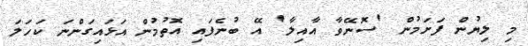
މި ލިޔުން ފަށަމުން 'ސޮނޭވާ އާއިލާ' އޭ ބުނެފައި އޮތުމުން އަޅައިގަންނަ ކަހަލަ